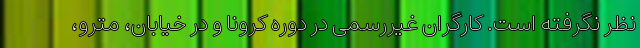
نظر نگرفته است. کارگران غیررسمی در دوره کرونا و در خیابان، مترو،